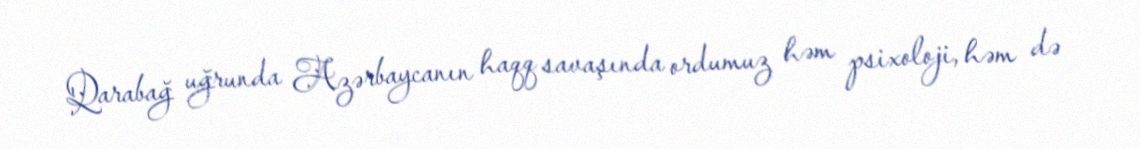
Qarabağ uğrunda Azərbaycanın haqq savaşında ordumuz həm psixoloji, həm də